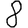
Digit: 8